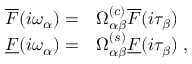
\begin{array} { r l } { \overline { { F } } ( i \omega _ { \alpha } ) = } & { { } \Omega _ { \alpha \beta } ^ { ( c ) } \overline { { F } } ( i \tau _ { \beta } ) } \\ { \underline { { F } } ( i \omega _ { \alpha } ) = } & { { } \Omega _ { \alpha \beta } ^ { ( s ) } \underline { { F } } ( i \tau _ { \beta } ) \; , } \end{array}